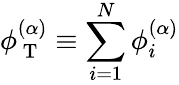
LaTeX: \phi_{\mathrm{~T~}}^{(\alpha)}\equiv\sum_{i=1}^{N}\phi_{i}^{(\alpha)}